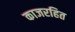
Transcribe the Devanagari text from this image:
काजरहित